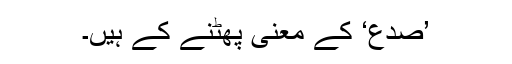
’صَدْعٌ‘ کے معنی پھٹنے کے ہیں۔